Report on malaria in the Punjab during the year ...  together with an account of the work of the Punjab Malaria Bureau - Volume 3
Disease focus: Malaria
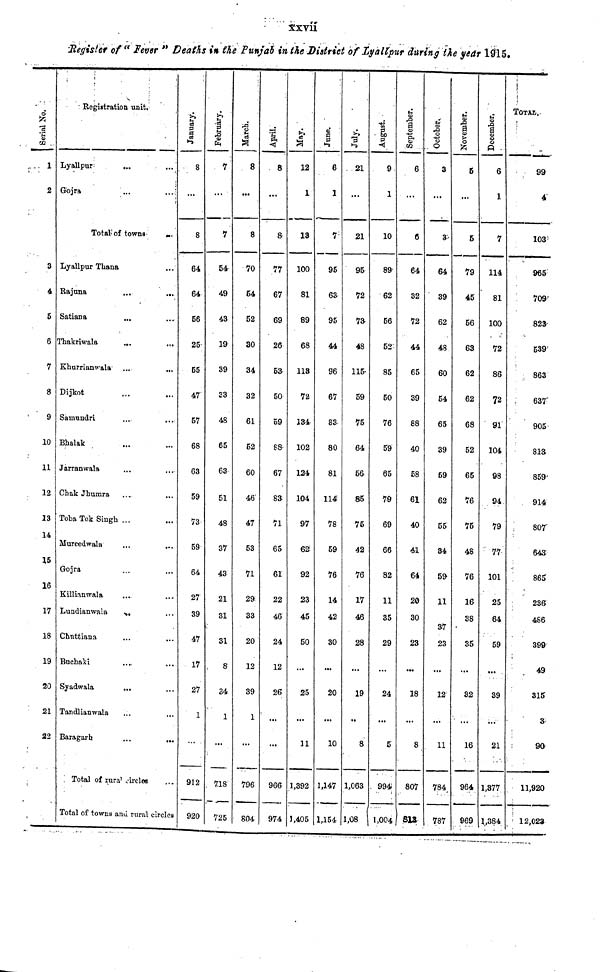
xxvii
Register of " Fever " Deaths in the Punjab in the District of Lyallpur during the year 1915.
Serial No.
1
2
3
4
5
6
7
8
9
10
11
12
13
14
15
16
17
18
19
20
21
22
Registration unit.
Lyallpur
Total of towns
Lyallpur Thana
Rajuna
Satiana
Thakriwala
Khurrianwala
Dijkot
Samnndri
Bhalak
Jarranwala
Chak Jhumra
Toba Tek Singh ...
Mureedwala
Gojra
Killianwala
Lundianwala
Chnttiana
Buchaki
Syadwala
Tandlianwala
Baragarh
Total of rural circles
Total of towns and rural circles
January.
8
8
64
64
56
25
55
47
57
68
63
59
73
59
64
27
39
47
17
27
91
92
February.
7
7
54
49
43
19
39
33
48
65
63
51
48
37
43
21
31
31
8
34
1
718
725
March.
8
8
70
54
52
30
34
32
61
52
60
46
47
53
71
29
33
20
12
39
1
796
804
April.
8
8
77
67
69
26
53
50
59
88
67
83
71
65
61
22
46
24
12
26
966
974
May.
12
1
13
100
81
89
68
113
72
134
102
124
104
97
62
92
23
45
50
25
11
1,392
1,405
June.
6
1
7
95
63
95
44
96
67
83
80
81
114
78
59
76
14
42
30
20
10
1,147
1,154
July.
21
...
21
95
72
7a
48
115
59
75
64
56
85
75
42
76
17
46
28
19
8
1,063
1,08
August.
9
1
10
89
62
56
52
85
50
76
59
65
79
69
66
82
11
35
29
24
5
994
1,004
September.
6
...
6
64
32
72
44
65
39
88
40
58
61
40
41
64
20
30
23
18
8
807
313
October.
3
...
3
64
39
62
48
60
54
65
39
59
62
55
34
11
37
23
12
11
784
787
November.
5
...
5
79
45
56
63
62
62
68
52
65
76
75
48
76
16
38
35
32
16
964
969
December.
6
1
7
114
81
100
72
86
72
91
104
98
94
79
77
101
25
64
59
39
21
1,377
1,384
TOTAL.
99
4
103
965
709
823
539
863
637
905
813
859'
914
807
643
865"
236
486
399
49
315
3
90
11,920
12,023